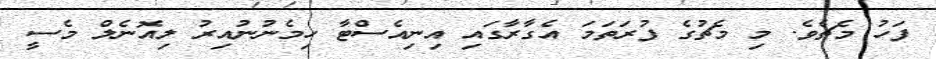
ފަހު މެޗެވެ. މި މެޗުގެ ފުރަތަމަ އެގާރާގައި އިނިއެސްޓާ ހިމެނުނުއިރު ލިއޮނެލް މެސީ